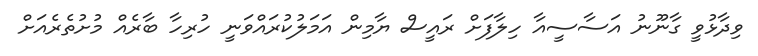
ވިދާޅުވީ ގާނޫނު އަސާސީއާ ހިލާފަށް ރައީސް ޔާމިން އަމަލުކުރައްވަނީ ހުރިހާ ބާރެއް މުށުތެރެއަށް